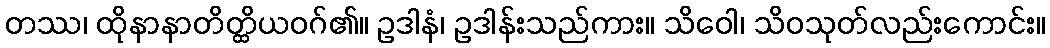
တဿ၊ ထိုနာနာတိတ္ထိယဝဂ်၏။ ဥဒါနံ၊ ဥဒါန်းသည်ကား။ သိဝေါ၊ သိဝသုတ်လည်းကောင်း။